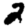
Digit: 2